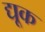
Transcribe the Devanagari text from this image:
द्यूक